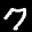
Label: 7